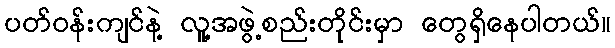
ပတ်ဝန်းကျင်နဲ့ လူ့အဖွဲ့စည်းတိုင်းမှာ တွေရှိနေပါတယ်။